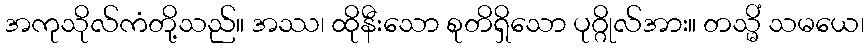
အကုသိုလ်ကံတို့သည်။ အဿ၊ ထိုနီးသော စုတိရှိသော ပုဂ္ဂိုလ်အား။ တသ္မိံ သမယေ၊